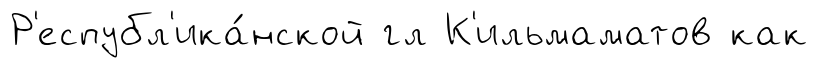
Р'еспубл'ика́нской гл К'ильмаматов как